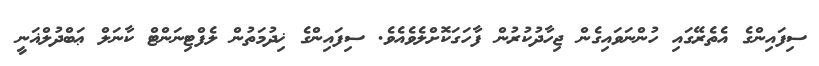
ސިފައިންގެ އެތެރޭގައި ހުންނަވައިގެން ޖިހާދުކުރުން ފާހަގަކޮށްލެވެއެވެ. ސިފައިންގެ ޚިދުމަތުން ލެފްޓިނަންޓް ކާނަލް ޢަބްދުލްޣަނީ